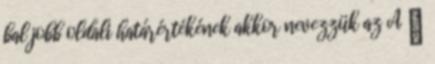
bal jobb oldali határértékének akkor nevezzük az A ∈